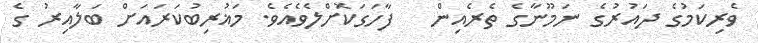
ވެރިކަމުގެ ދައުރުގެ ނަމޫނާގެ ތެރެއިން   ފާހަގަކޮށްލެވެއެވެ. މަޣުރިބުކަރައަށް ބަލާއިރު ގެ